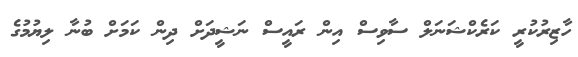
ހާޒިރުކުރީ ކަރެކްޝަނަލް ސާވިސް އިން ރައީސް ނަޝީދަށް ދިން ކަމަށް ބުނާ ލިޔުމުގެ